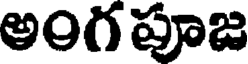
అంగ పూజ